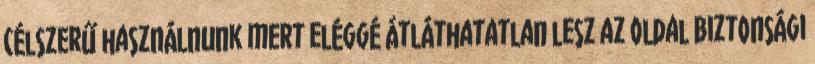
célszerű használnunk mert eléggé átláthatatlan lesz az oldal Biztonsági